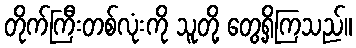
တိုက်ကြီးတစ်လုံးကို သူတို့ တွေ့ရှိကြသည်။